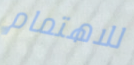
للاهتمام